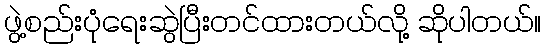
ဖွဲ့စည်းပုံရေးဆွဲပြီးတင်ထားတယ်လို့ ဆိုပါတယ်။